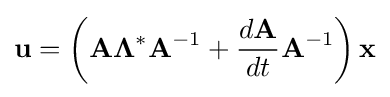
\mathbf {u} =\left(\mathbf {A} \mathbf {\Lambda } ^{*}\mathbf {A} ^{-1}+{\frac {d\mathbf {A} }{dt}}\mathbf {A} ^{-1}\right)\mathbf {x}